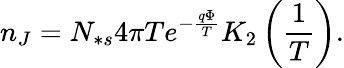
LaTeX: n_{J}=N_{\ast s}4\pi Te^{-\frac{q\Phi}{T}}K_{2}\left(\frac{1}{T}\right).